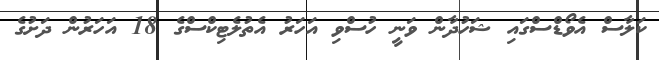
ކަލާސް އެވޯޑްސްގައި ޝަހުދާން ވަނީ ހުސްވި އަހަރު އެތުލެޓިކްސްގެ 18 އަހަރުން ދަށުގެ